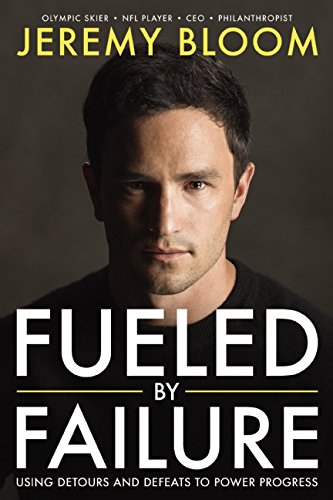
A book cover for Fueled By Failure: Using Detours and Defeats to Power Progress; Jeremy Bloom; Business & Money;